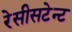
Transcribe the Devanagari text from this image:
रेसीसटेन्ट